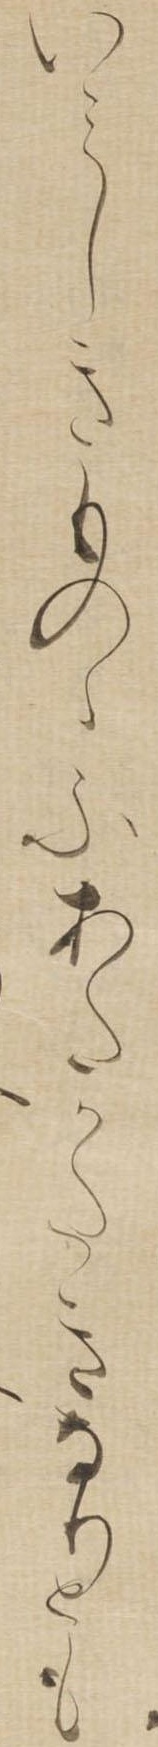
いみしきものゝふあたかたきなりとも